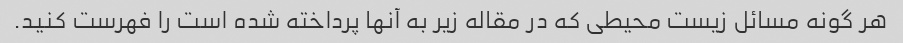
هر گونه مسائل زیست محیطی که در مقاله زیر به آنها پرداخته شده است را فهرست کنید.